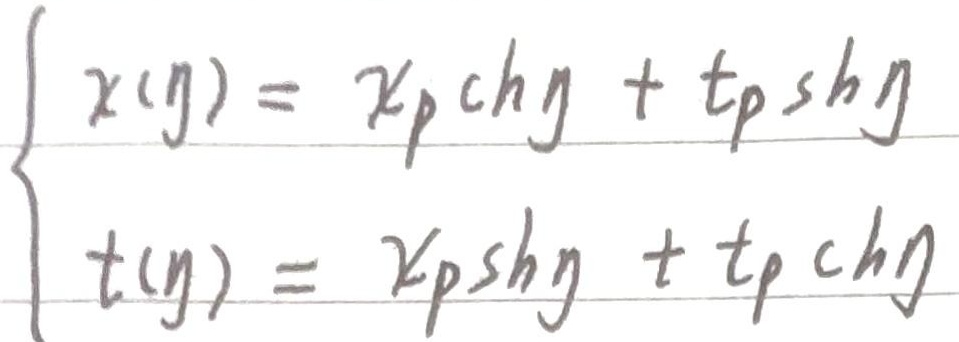
\[\begin{cases}
x(y)=x_p \text{ch}y + t_p \text{sh}y \\
t(y)=x_p \text{sh}y + t_p \text{ch}y
\end{cases}\]